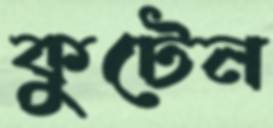
কুটেন